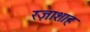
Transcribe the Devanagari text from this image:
रज़ाशाह